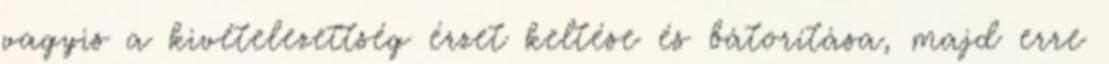
vagyis a kivételezettség érzet keltése és bátorítása, majd erre